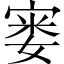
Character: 𪧘